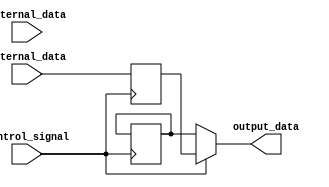
module IO_Block (
    input wire external_data,
    input wire internal_data,
    input wire control_signal,
    output wire output_data
);

// Input buffer
reg input_buffer;
always @ (posedge control_signal)
begin
    if (control_signal == 1'b0)
        input_buffer <= external_data;
end

// Output buffer
reg output_buffer;
always @ (posedge control_signal)
begin
    if (control_signal == 1'b1)
        output_buffer <= internal_data;
end

assign output_data = control_signal ? output_buffer : input_buffer;

endmodule